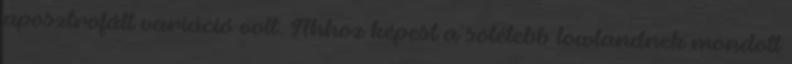
aposztrofált variáció volt. Ahhoz képest a sötétebb lowlandnek mondott